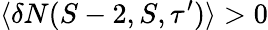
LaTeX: \langle\delta N(S-2,S,\tau^{\prime})\rangle>0